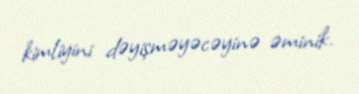
kimliyini dəyişməyəcəyinə əminik.